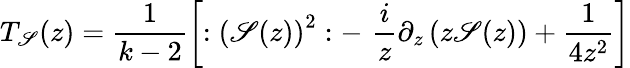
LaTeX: T_{\mathscr{S}}(z)=\frac{1}{{k-2}}\left[:\left(\mathscr{S}(z)\right)^{2}:-\, \, \frac{i}{z}\partial_{z}\left(z\mathscr{S}(z)\right)+\frac{1}{{4z^{2}}}\right]